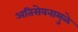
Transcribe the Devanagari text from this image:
अतिसेवनामुळे